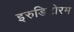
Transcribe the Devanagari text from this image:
इरुडिटोरम